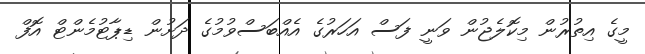
މީގެ އިތުރުން މިކޮލެޖުން ވަނީ ފަސް އަހަރުގެ އެއްބަސްވުމުގެ ދަށުން ޑިޕާޓުމެންޓް އޮފް